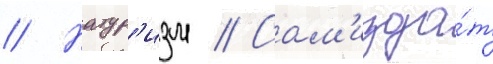
// Натур'изм // Сам'изда́т